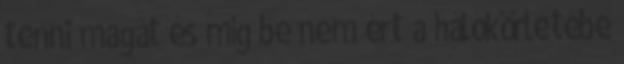
tenni magát és míg be nem ért a hálókörletébe